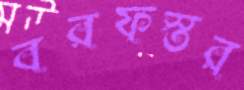
বরফস্তর